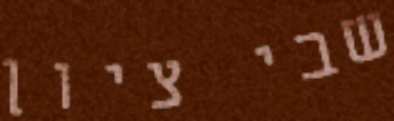
שבי ציון